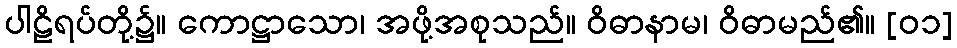
ပါဠိရပ်တို့၌။ ကောဋ္ဌာသော၊ အဖို့အစုသည်။ ဝိဓာနာမ၊ ဝိဓာမည်၏။ [၀၁]